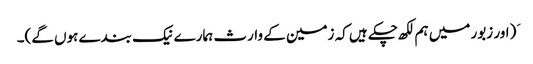
َ (اور زبور میں ہم لکھ چکے ہیں کہ زمین کے وارث ہمارے نیک بندے ہوں گے)۔